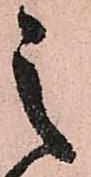
之